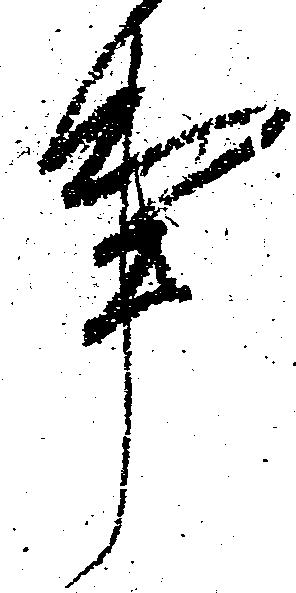
事